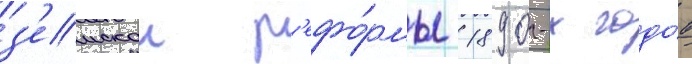
з'емскои р'ефо́рмы 1890-х годо́в